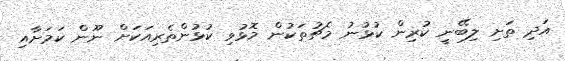
އަދި ތަށި ލިބޭނީ ކުރިން ކުޅުނު މެޗުތަކުން މޮޅުވި ކުޅުންތެރިއަކަށް ނޫން ކަމަށާއި